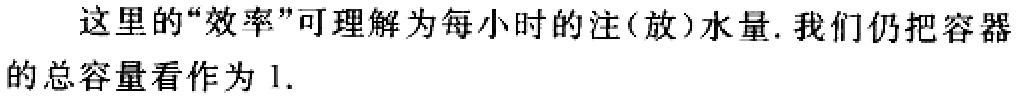
这里的“效率”可理解为每小时的注(放)水量. 我们仍把容器的总容量看作为 \(1\).